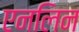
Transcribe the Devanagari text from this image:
एनलिन